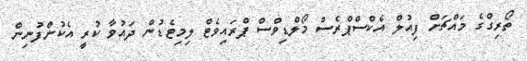
ތޯރިގްގެ މައްޗަށް ފިއުލް އެކްސްޕްރެސް މޯލްޑިވްސް ޕްރައިވެޓް ލިމިޓެޑުން ދައުވާ ކުރީ އެކުންފުނިން